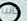
جانبا